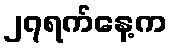
၂၇ရက်နေ့က